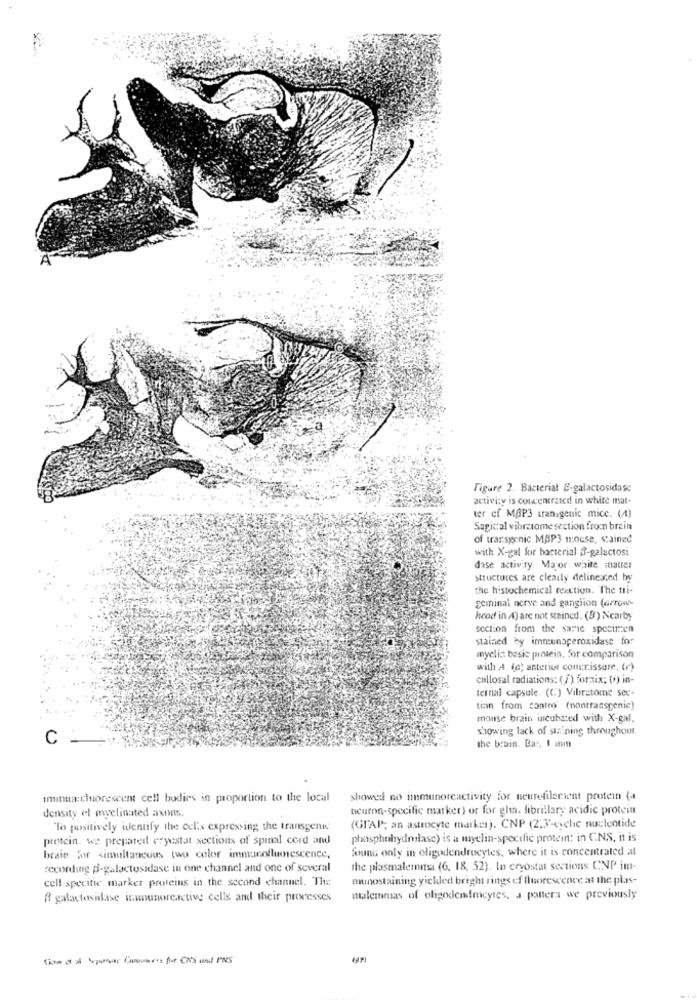
Figure 2. Bacterial &-galactosidase
activity is concentrated in white mat.
ter of MOP3 transgenic mice. (4)
Sagical vibratome section from brain
of transgenic MAP3 mouse, stained
with X-gal for bacterial 3-galactosi
dase activity. Mayor white matter
structures are clearly delineated by
the histochemical reaction. The tri-
geminal nerve and ganglion (arrow-
head in A) are not stained. (B) Nearby
section from the same specimen
stained by immunaperoxidase for
nyclint basic piniein, for comparison
with A. (o) anterior com:rissure, (r)
callosal radiations: ( /) foraix; (0) in-
terrial capsule. (C.) Vibratore sec-
tian from contro (nontransgenic)
mouse brain incubated with X-gal.
showing lack of staining throughout
C _
the brain. Bar, I am
Imintankluorescent cell bodies in proportion to the local
showed no immunoreactivity for neurofilerient protein (a
neuron-specific marker) or for glia. fibrillary acidic protein
density et myelinated axons.
"To positively identify the cel's expressing the transgenn'
(GFAP; an astrocyte marker). CNP (2,3'-cyclic nucleotide
protein. we prepared eryestat sections of spinal cord and
phosphohydmilase) is a myelin-specific protein: in CNS, it is
found only in oligodendrocytes, where it is concentrated al
brain for simultaneous two color immunofluorescence,
recording B-galactosidase in one channel and one of several
the plasmalemma (6. 18, 52). In cryostat sections CNP im-
cell-specitic marker proteins in the second channel. The
munostaining yieldled bright rings of fluorescence at the plas-
A galactosidase inmunoreactive cells and their processes
mialemmas of oligodendmcytes, a patters we previously
fiche a at Sepatrons Consumers for CN'S and PINS